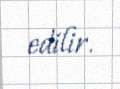
edilir.